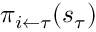
\pi _ { i \leftarrow \tau } ( s _ { \tau } )